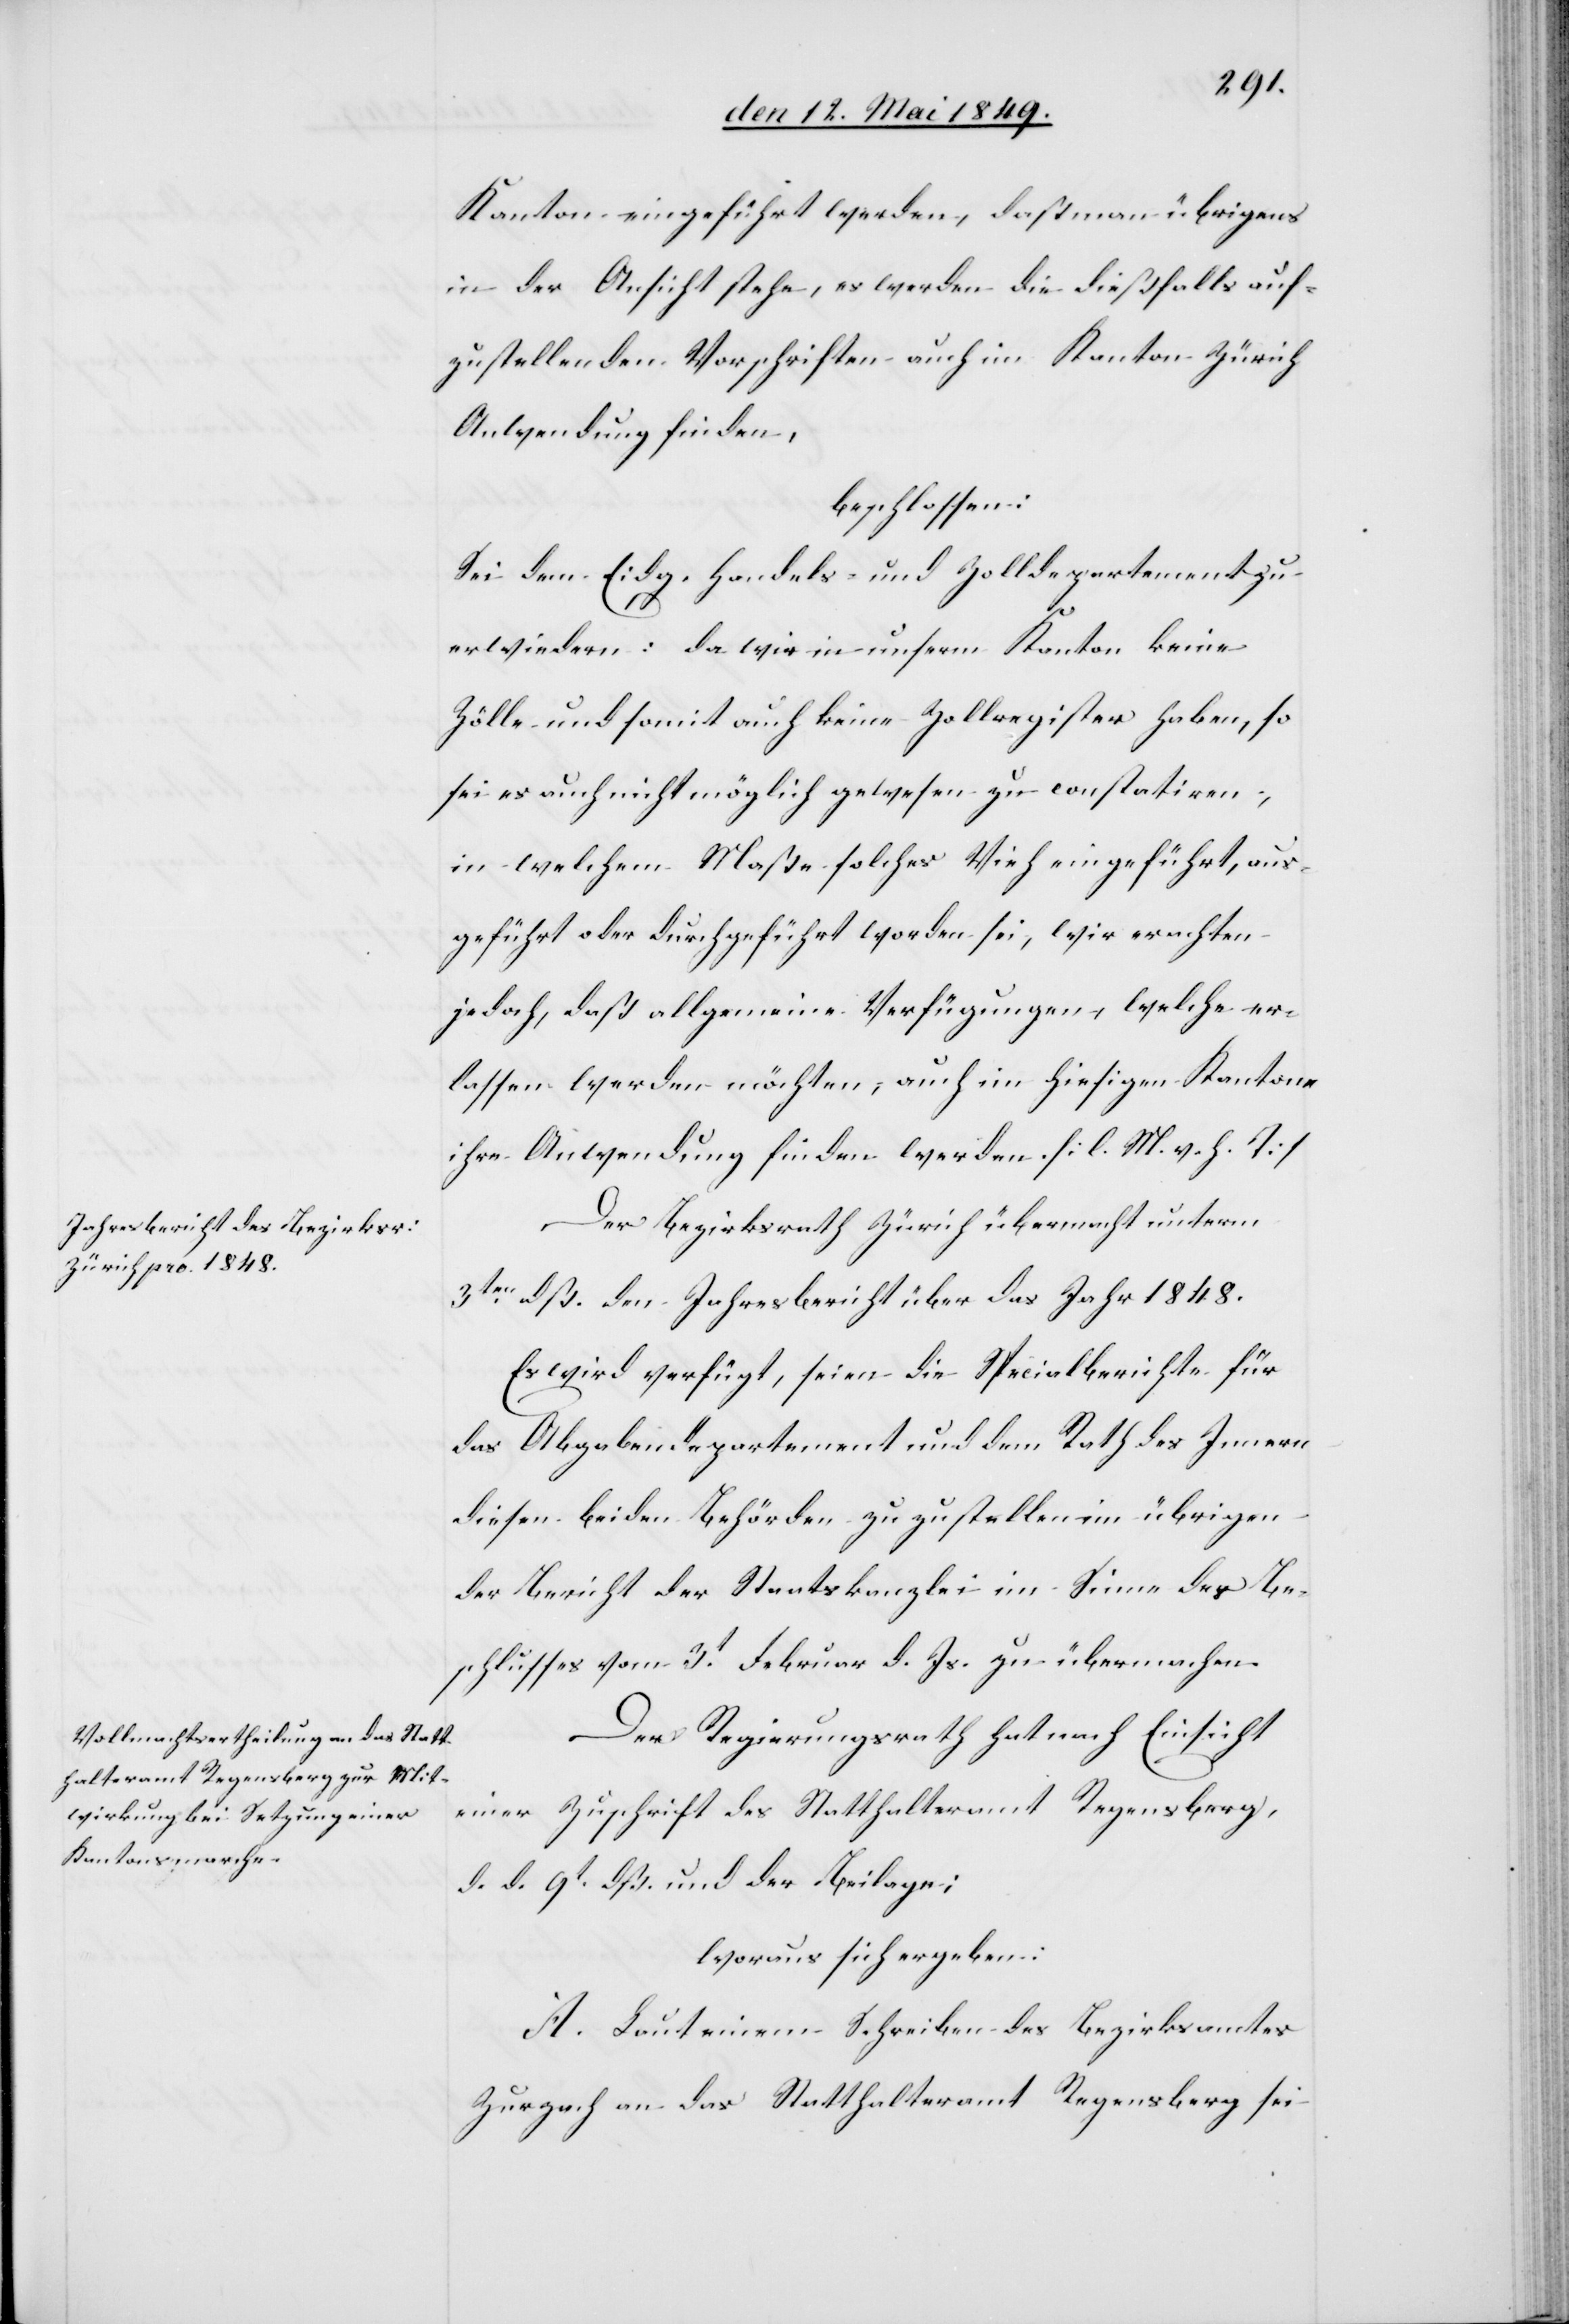
Kanton eingeführt werden, daß man übrigens
in der Ansicht stehe, es werden die dießfalls auf¬
zustellenden Vorschriften auch im Kanton Zürich
Anwendung finden,
beschlossen:
Sei dem Eidg. Handels- und Zolldepartment zu
erwiedern: da wir in unserm Kanton keine
Zölle und somit auch keine Zollregister haben, so
sei es auch nicht möglich gewesen zu constatiren,
in welchem Maße solches Vieh eingeführt, aus¬
geführt oder durchgeführt worden sei, wir erachten
jedoch, daß allgemeine Verfügungen, welche er¬
lassen werden möchten, auch im hiesigen Kantone
ihre Anwendung finden werden [l. M. h. T][.]
Der Bezirksrath Zürich übermacht unterm
3ten dß. den Jahresbericht über das Jahr 1848.
Es wird verfügt, seien die Specialberichte für
das Abgabendepartement und dem Rath des Innern
diesen beiden Behörden zuzustellen im übrigen
der Bericht der Staatskanzlei im Sinne des Be¬
schlusses vom 3t Februar d. Js. zu übermachen.
Der Regierungsrath hat nach Einsicht
einer Zuschrift des Statthalteramt Regensberg,
d. d. 9t und der Beilagen:
woraus sich ergeben:
A. Laut einem Schreiben des Bezirksamtes
Zurzach an das Statthalteramt Regensberg sei